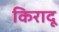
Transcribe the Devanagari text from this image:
किरादू